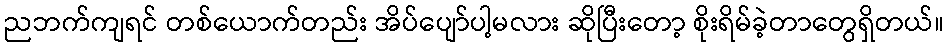
ညဘက်ကျရင် တစ်ယောက်တည်း အိပ်ပျော်ပါ့မလား ဆိုပြီးတော့ စိုးရိမ်ခဲ့တာတွေရှိတယ်။